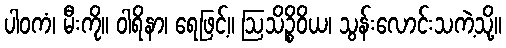
ပါဝကံ၊ မီးကို။ ဝါရိနာ၊ ရေဖြင့်။ ဩသိဉ္စိဝိယ၊ သွန်းလောင်းသကဲ့သို့။